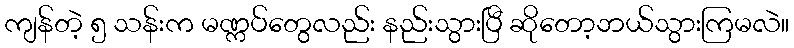
ကျန်တဲ့ ၅ သန်းက မဏ္ကပ်တွေလည်း နည်းသွားပြီ ဆိုတော့ဘယ်သွားကြမလဲ။